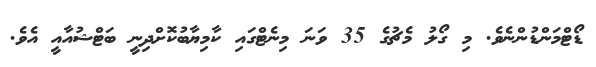
ޑޯޓްމަންޑުންނެވެ. މި ގޯލު މެޗުގެ 35 ވަނަ މިނެޓްގައި ކާމިޔާބުކޮށްދިނީ ބަޓްޝުއާއީ އެވެ.